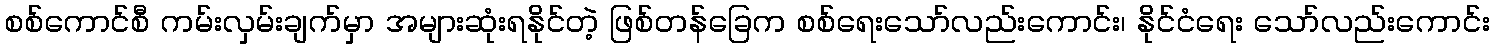
စစ်ကောင်စီ ကမ်းလှမ်းချက်မှာ အများဆုံးရနိုင်တဲ့ ဖြစ်တန်ခြေက စစ်ရေးသော်လည်းကောင်း၊ နိုင်ငံရေး သော်လည်းကောင်း